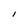
Character: l